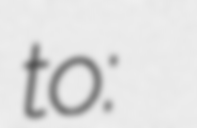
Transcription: to: